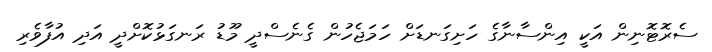
ސެރޮޓޮނިން އަކީ އިންސާނާގެ ހަށިގަނޑަށް ހަަމަޖެހުން ގެނެސްދީ މޫޑު ރަނގަޅުކޮށްދީ އަދި އުފާވެރި